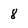
Character: 8